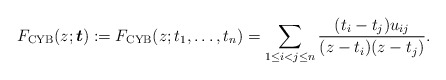
\begin{gather*} F_{\rm CYB}(z;{\boldsymbol{t}}):= F_{\rm CYB}(z;t_1,\ldots,t_n)= \sum_{1 \le i < j \le n} {(t_i-t_j) u_{ij} \over (z-t_i)(z-t_j)}.\end{gather*}